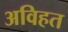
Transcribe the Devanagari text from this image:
अविहत